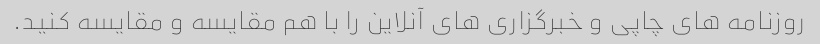
روزنامه های چاپی و خبرگزاری های آنلاین را با هم مقایسه و مقایسه کنید.